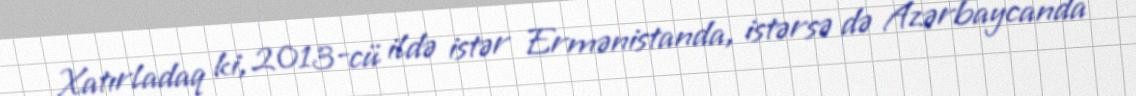
Xatırladaq ki, 2013-cü ildə istər Ermənistanda, istərsə də Azərbaycanda